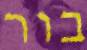
בור